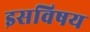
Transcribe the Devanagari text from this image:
इसविषय